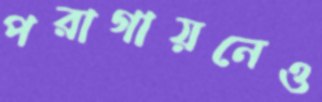
পরাগায়নেও